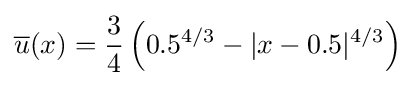
{\overline {u}}(x)={\frac {3}{4}}\left({0.5}^{4/3}-|x-0.5|^{4/3}\right)